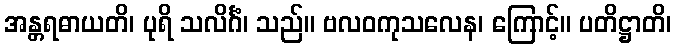
အန္တရဓာယတိ၊ ပုရိ သလိင်္ဂံ၊ သည်။ ဗလဝကုသလေန၊ ကြောင့်။ ပတိဋ္ဌာတိ၊